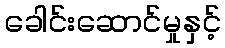
ခေါင်းဆောင်မှုနှင့်